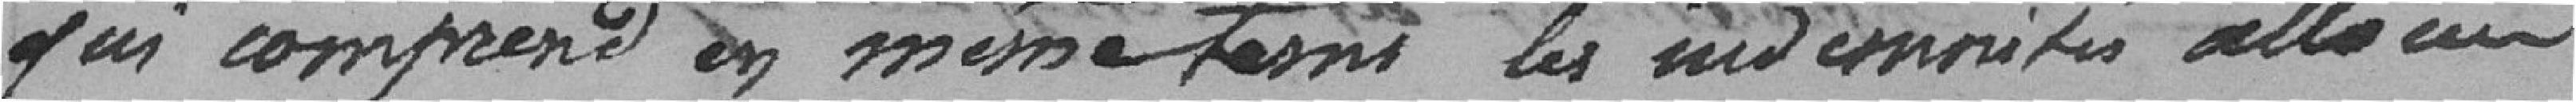
qui comprend en même temps les indemnités allant